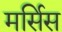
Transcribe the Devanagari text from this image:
मर्सिस